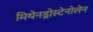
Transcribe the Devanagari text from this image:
मिथेनड्रोस्टेनोलेन